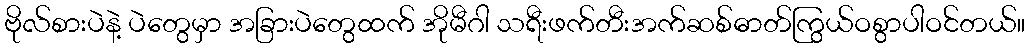
ဗိုလ်စားပဲနဲ့ ပဲတွေမှာ အခြားပဲတွေထက် အိုမီဂါ သရီးဖက်တီးအက်ဆစ်ဓာတ်ကြွယ်ဝစွာပါဝင်တယ်။